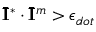
\bar { \mathbf { I } } ^ { * } \cdot \bar { \mathbf { I } } ^ { m } > \epsilon _ { d o t }